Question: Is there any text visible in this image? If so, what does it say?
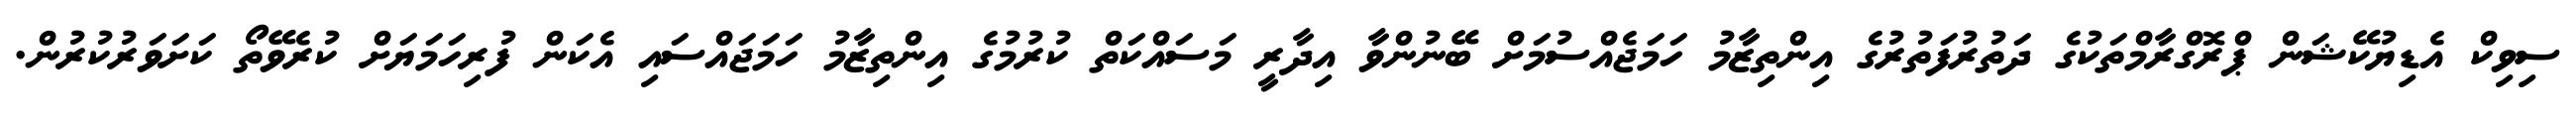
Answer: ސިވިކް އެޑިޔުކޭޝަން ޕްރޮގްރާމްތަކުގެ ދަތުރުފަތުރުގެ އިންތިޒާމު ހަމަޖެއްސުމަށް ބޭނުންވާ އިދާރީ މަސައްކަތް ކުރުމުގެ އިންތިޒާމު ހަމަޖައްސައި އެކަން ފުރިހަމަޔަށް ކުރެވޭތޯ ކަށަވަރުކުރުން.